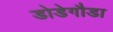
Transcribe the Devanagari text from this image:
डोडेगौडा